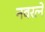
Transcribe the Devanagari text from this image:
नवरत्नें